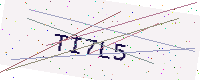
Text: TI7L5